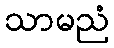
သာမညံ